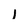
Character: l